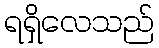
ရရှိလေသည်